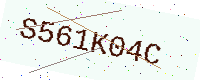
Text: S561K04C